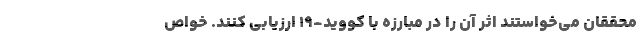
محققان می‌خواستند اثر آن را در مبارزه با کووید-۱۹ ارزیابی کنند. خواص